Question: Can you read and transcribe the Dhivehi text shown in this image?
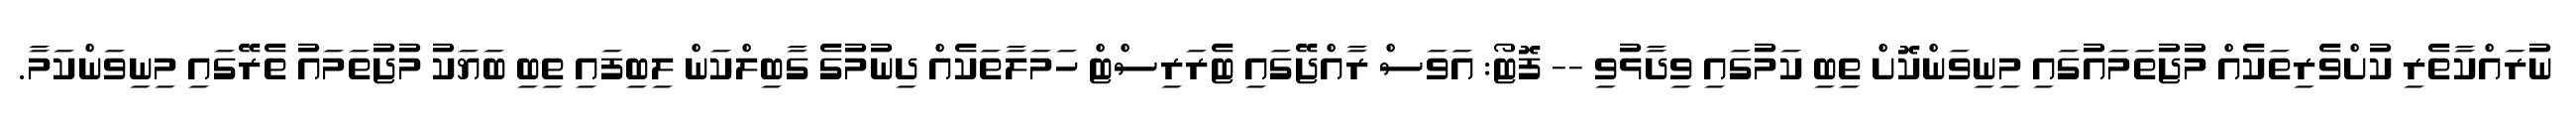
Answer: ނުރައްކާތެރި ކުށްވެރިތަކެއް މުޖުތަމައުގައި މިނިވަންކޮށް ތިބި ކަމުގައި ވިދާޅުވި -- ފޮޓޯ: އަވަސް ރާއްޖޭގައި ޓެރަރިސްޓް ހަމަލާތަކެއް ދިނުމުގެ ގާބިލްކަން ލިބިފައި ތިބި ބަޔަކު މުޖުތަމައު ތެރޭގައި މިނިވަންކަމާ.